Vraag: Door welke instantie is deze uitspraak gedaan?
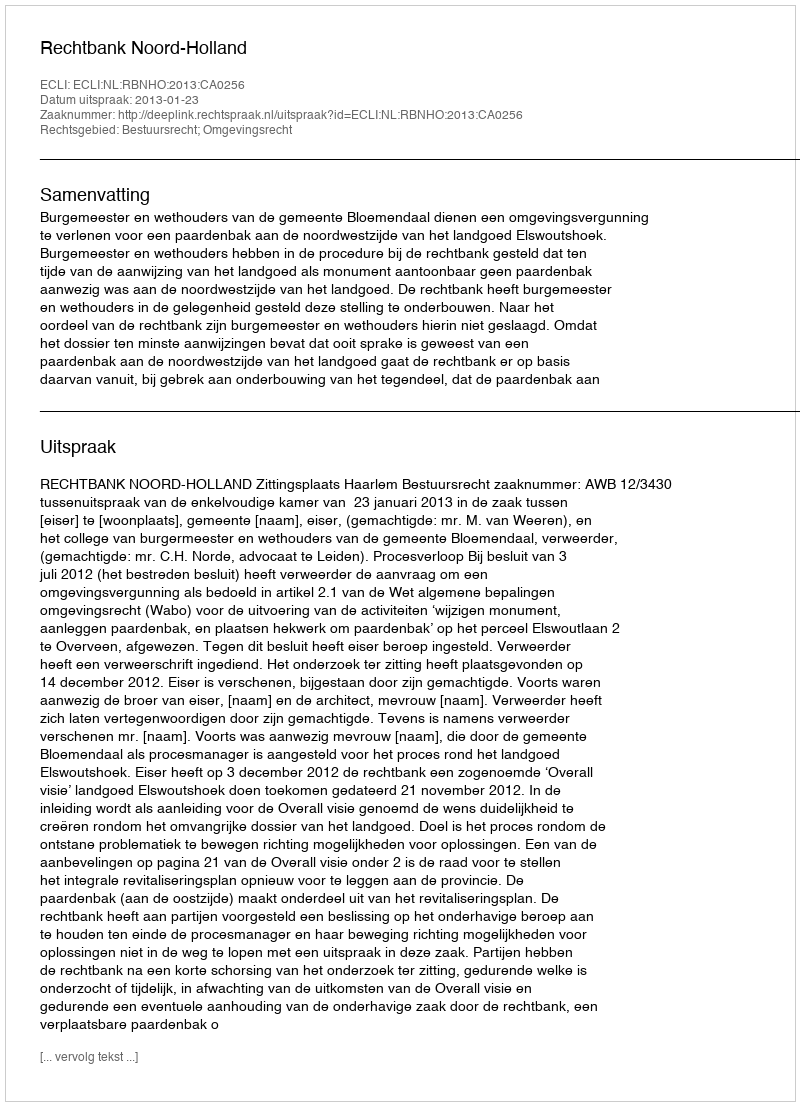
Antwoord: Rechtbank Noord-Holland